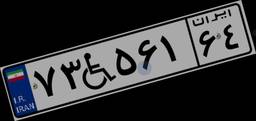
۴۹W۳۸۳۸۸